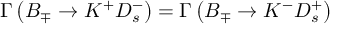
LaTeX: \Gamma \left( B _ { \mp } \rightarrow K ^ { + } D _ { s } ^ { - } \right) = \Gamma \left( B _ { \mp } \rightarrow K ^ { - } D _ { s } ^ { + } \right)